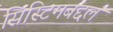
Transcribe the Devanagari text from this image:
सिस्टिमबद्दल